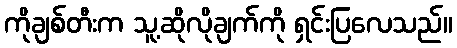
ကိုချစ်တီးက သူ့ဆိုလိုချက်ကို ရှင်းပြလေသည်။